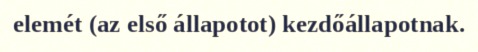
elemét (az első állapotot) kezdőállapotnak.